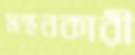
মন্থনকারী